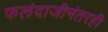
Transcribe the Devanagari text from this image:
फलंदाजीनंतरही